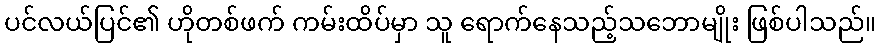
ပင်လယ်ပြင်၏ ဟိုတစ်ဖက် ကမ်းထိပ်မှာ သူ ရောက်နေသည့်သဘောမျိုး ဖြစ်ပါသည်။